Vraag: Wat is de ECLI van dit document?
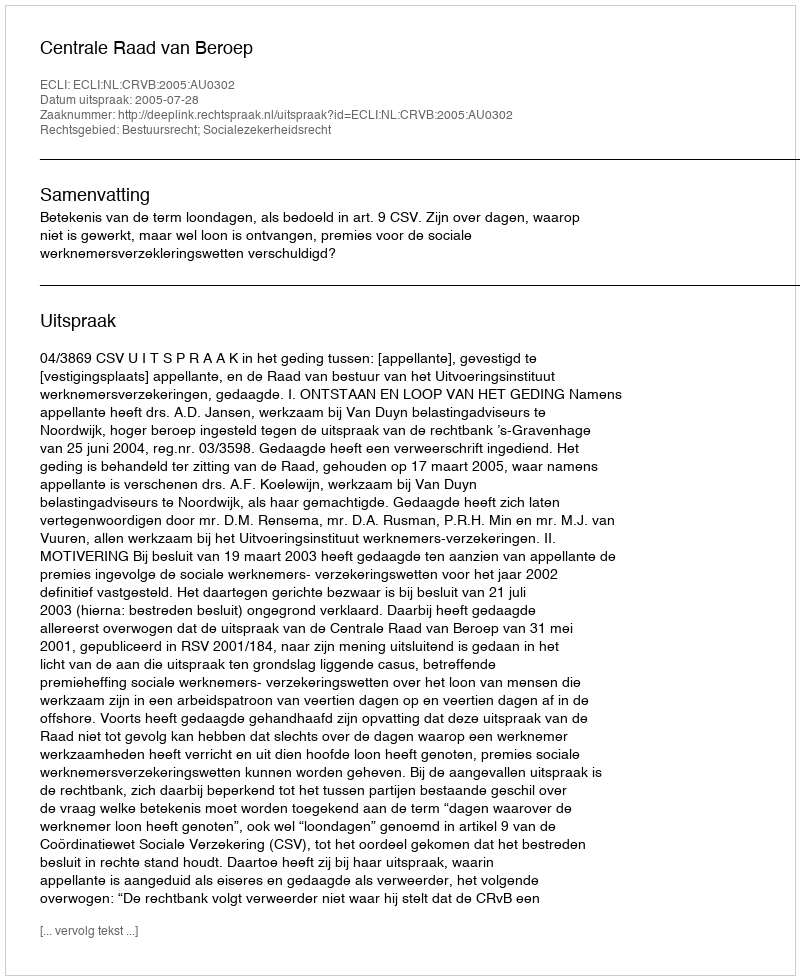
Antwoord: ECLI:NL:CRVB:2005:AU0302